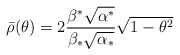
\begin{align*}\bar{\rho}(\theta)=2\frac{\beta^*\sqrt{\alpha^*}}{\beta_*\sqrt{\alpha_*}}\sqrt{1-\theta^2}\end{align*}